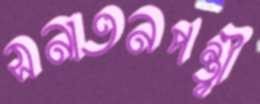
সনাতনপন্থী